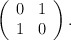
\begin{align*}\left( \begin{array}{cc} 0 & 1 \\1 & 0 \end{array} \right).\end{align*}